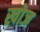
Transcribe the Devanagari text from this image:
ख्रोज